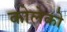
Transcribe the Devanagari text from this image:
कोलेको